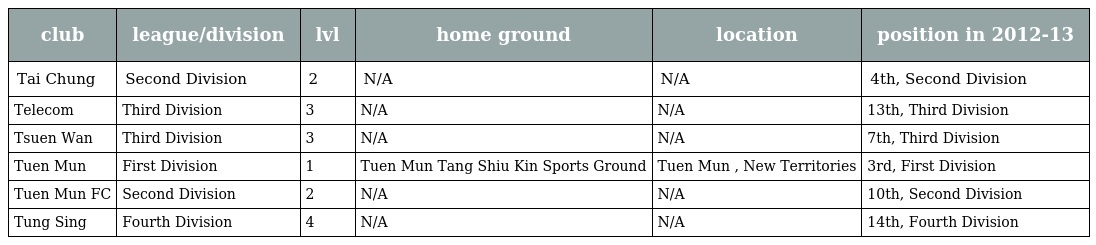
| club | league/division | lvl | home ground | location | position in 2012-13 |
 | --- | --- | --- | --- | --- | --- |
 | Tai Chung | Second Division | 2 | N/A | N/A | 4th, Second Division |
 | Telecom | Third Division | 3 | N/A | N/A | 13th, Third Division |
 | Tsuen Wan | Third Division | 3 | N/A | N/A | 7th, Third Division |
 | Tuen Mun | First Division | 1 | Tuen Mun Tang Shiu Kin Sports Ground | Tuen Mun , New Territories | 3rd, First Division |
 | Tuen Mun FC | Second Division | 2 | N/A | N/A | 10th, Second Division |
 | Tung Sing | Fourth Division | 4 | N/A | N/A | 14th, Fourth Division |